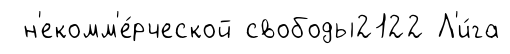
н'екомм'е́рческой свободы2122 Л'и́га